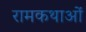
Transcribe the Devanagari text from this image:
रामकथाओं